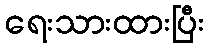
ရေးသားထားပြီး